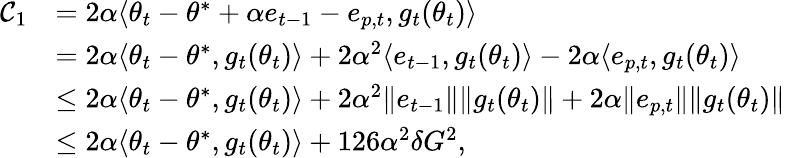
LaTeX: \begin{array}{rl}{\mathcal{C}_{1}}&{=2\alpha\langle\theta_{t}-\theta^{*}+\alpha e_{t-1}-e_{p,t},g_{t}(\theta_{t})\rangle}\\ &{=2\alpha\langle\theta_{t}-\theta^{*},g_{t}(\theta_{t})\rangle+2\alpha^{2}\langle e_{t-1},g_{t}(\theta_{t})\rangle-2\alpha\langle e_{p,t},g_{t}(\theta_{t})\rangle}\\ &{\leq 2\alpha\langle\theta_{t}-\theta^{*},g_{t}(\theta_{t})\rangle+2\alpha^{2}\Vert e_{t-1}\Vert\Vert g_{t}(\theta_{t})\Vert+2\alpha\Vert e_{p,t}\Vert\Vert g_{t}(\theta_{t})\Vert}\\ &{\leq 2\alpha\langle\theta_{t}-\theta^{*},g_{t}(\theta_{t})\rangle+126\alpha^{2}\delta G^{2},}\end{array}